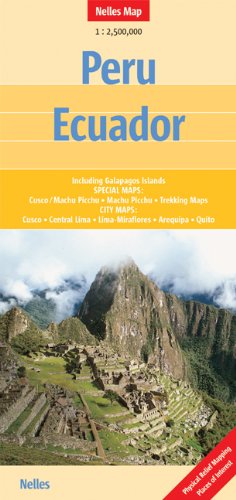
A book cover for Peru / Ecuador Nelles Travel Map 1:2.5M 2014 (English, French and German Edition); Nelles Verlag GmbH; Travel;